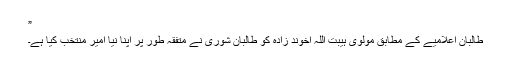
”
طالبان اعلامیے کے مطابق مولوی ہیبت اللہ اخوند زادہ کو طالبان شوریٰ نے متفقہ طور پر اپنا نیا امیر منتخب کیا ہے۔